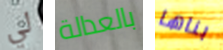
لي بالعدالة بناها